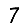
Digit: 7